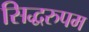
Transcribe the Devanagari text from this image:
सिद्धरुपम